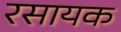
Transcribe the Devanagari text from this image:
रसायक